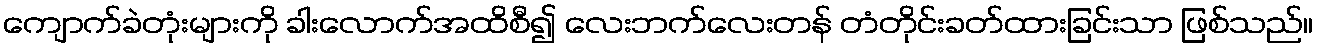
ကျောက်ခဲတုံးများကို ခါးလောက်အထိစီ၍ လေးဘက်လေးတန် တံတိုင်းခတ်ထားခြင်းသာ ဖြစ်သည်။